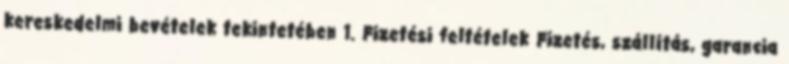
kereskedelmi bevételek tekintetében 1. Fizetési feltételek Fizetés, szállítás, garancia